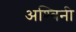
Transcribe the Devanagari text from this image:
अश्‍विनी